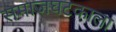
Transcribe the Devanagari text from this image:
समाजघटकाला